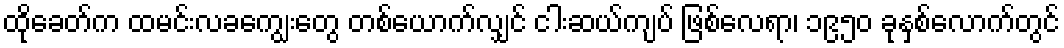
ထိုခေတ်က ထမင်းလခကျွေးတွေ တစ်ယောက်လျှင် ငါးဆယ်ကျပ် ဖြစ်လေရာ၊ ၁၉၅၀ ခုနှစ်လောက်တွင်